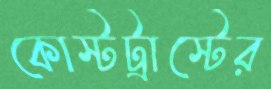
কোস্টট্রাস্টের